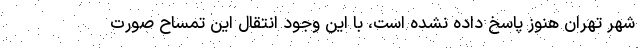
شهر تهران هنوز پاسخ داده نشده است، با این وجود انتقال این تمساح صورت